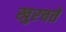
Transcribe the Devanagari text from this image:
खुरचते